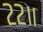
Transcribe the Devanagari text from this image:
२२॥